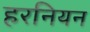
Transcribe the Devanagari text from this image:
हरनियन